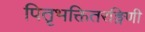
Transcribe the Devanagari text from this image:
पितृभक्तितरङ्गिणी